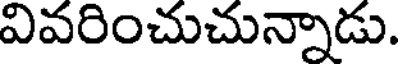
వివరించుచున్నాడు.